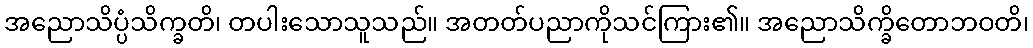
အညောသိပ္ပံသိက္ခတိ၊ တပါးသောသူသည်။ အတတ်ပညာကိုသင်ကြား၏။ အညောသိက္ခိတောဘဝတိ၊